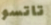
تاتسو